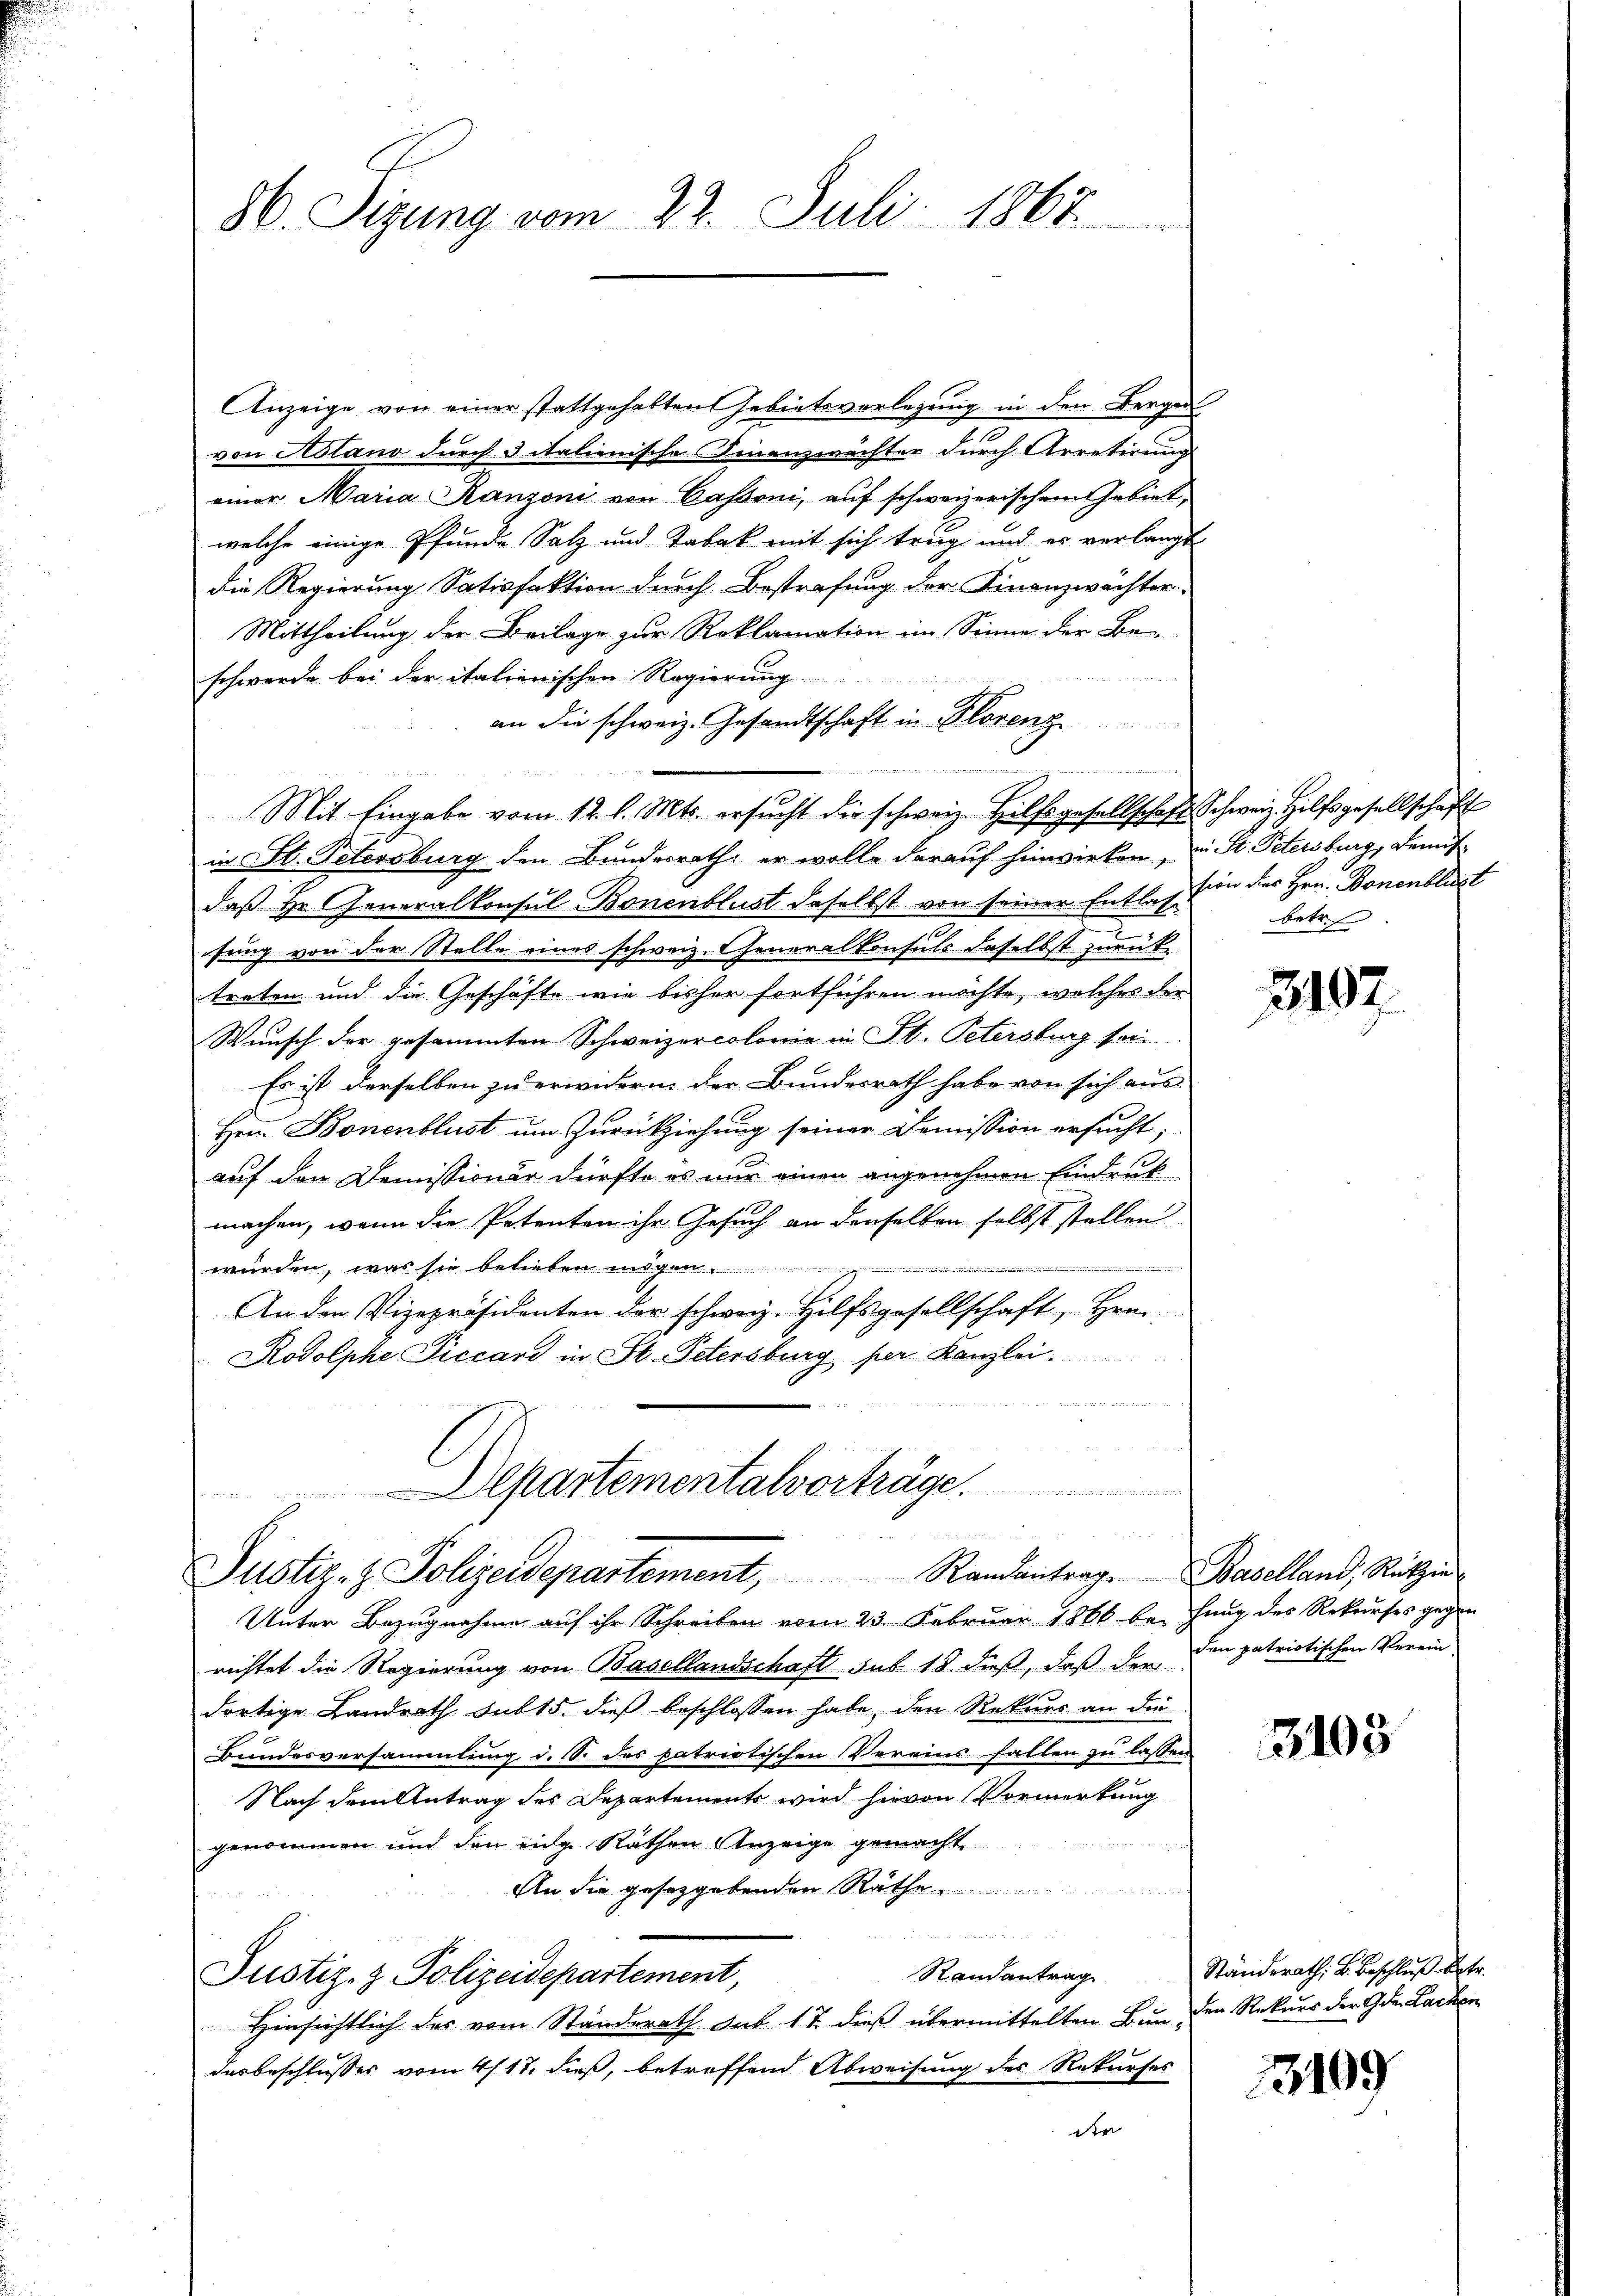
86. Sizung vom 22. Juli 1867

Anzeige von einer stattgehabten Gebietsverlegung in den Berger
von Aolano durch d italienische Finanzwachter durch Arretirung
einer Maria Ranzoni von Cassoni, auf schweizerischem Gebiet,
welche einige Pfunde Salz und Tabak mit sich trug und es verlangt
die Regierung Satisfaktion durch Bestrafung der Finanzwächter,
Mittheilung der Beilage zur Roklamation im Sinne der Be-
schwerde bei der italienischen Regierung
an die schweiz. Gesandtschaft in Storenz
Mit Eingabe vom 12. l. Mts. ersucht die schweiz. Hilfsgesellschaft Schweiz. Hilfsgesellschaft
in St. Petersburg den Bundesrath, er wolle darauf hinwirken, u. St. Petersburg, Beaufdaß Hr. Generalkonsul-Bonenblust daselbst von seiner Entlas von des Hrn. Bonenblust
sung von der Stelle eines schweiz. Generalkonsuls daselbst zurück
treten und die Geschäfte wie bisher fortführen möchte, welches der
Wunsch der gesammten Schweizercolonie in St. Petersburg sei¬
Es ist derselben zu erwidern der Bundesrath habe von sich aus
Hrn. Bonenblust um Zurückziehung seiner Demission ersucht,
auf den Demissionär dürfte es nur einen angenehmen Eindruck
machen, wenn die Petenten ihr Gesuch an denselben selbst stellen
würden, was sie belieben mögen.

An den Vizepräsidenten der schweiz. Hilfsgesellschaft, Hrei-
Rodolphe Siccard in St. Petersburg per Kanzlei.
2 11 473
Departementalvorträge.

Justiz- & Polizeidepartement, Randantrag. Baselland, Rützig

Unter Bezugnahme auf ihr Schreiben vom 23. Februar 1861 bei hung des Rekurses gegen
richtet die Regierung von Basellandschaft sub 18. dieß, daß der den patriotischen Verein
dortige Landrath sub 15. dieß beschlossen habe, den Rekurs an die
Bundesversammlung d. S. des patriotischen Vereins fallen zu lassen
Nach dem Antrag des Departements wird hievon Vormerkung
genommen und den eige Räthen Anzeige gemacht
An die gesetzgebenden Räthe
un

Randantrag
Justiz- & Polizeidepartement,
Hinsichtlich des vom Standerath Sub 17. dieß übermittelten Bunden Rekurs der Gde. Lacken
desbeschlusses vom 4/17. dieß, betreffend Abweisung des Rekurses
der

betr.

3107

3103

Ständerath, u. Beschluß betr.

3109